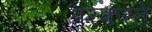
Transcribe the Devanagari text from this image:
परकरते